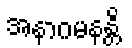
အနာဂမနန္တိ